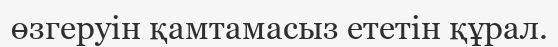
өзгеруін қамтамасыз ететін құрал.